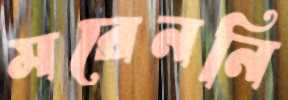
মরেননি